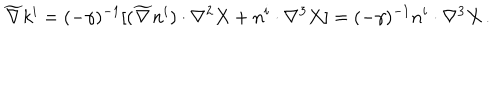
LaTeX: \widetilde \nabla k ^ { i } = ( - \gamma ) ^ { - 1 } [ ( \widetilde \nabla n ^ { i } ) \cdot \nabla ^ { 2 } X + n ^ { i } \cdot \nabla ^ { 3 } X ] = ( - \gamma ) ^ { - 1 } n ^ { i } \cdot \nabla ^ { 3 } X \, .